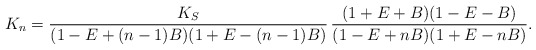
\begin{align*}K_n= \frac{K_S}{(1-E+(n-1)B)(1+E-(n-1)B)}\,\frac{(1+E+B)(1-E-B)}{(1-E+nB) (1+E-nB)}.\end{align*}